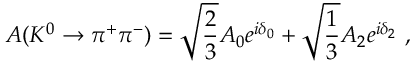
A ( K ^ { 0 } \rightarrow \pi ^ { + } \pi ^ { - } ) = \sqrt { \frac { 2 } { 3 } } A _ { 0 } e ^ { i \delta _ { 0 } } + \sqrt { \frac { 1 } { 3 } } A _ { 2 } e ^ { i \delta _ { 2 } } ~ ,